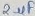
Text: 2µF